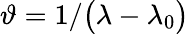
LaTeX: \displaystyle\vartheta=1/\bigl(\lambda-\lambda_{0}\bigr)